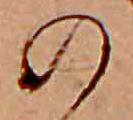
の